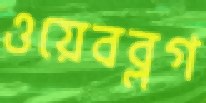
ওয়েবব্লগ